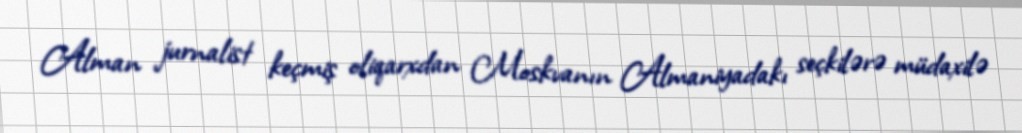
Alman jurnalist keçmiş oliqarxdan Moskvanın Almaniyadakı seçkilərə müdaxilə